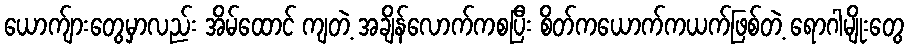
ယောက်ျားတွေမှာလည်း အိမ်ထောင် ကျတဲ့ အချိန်လောက်ကစပြီး စိတ်ကယောက်ကယက်ဖြစ်တဲ့ ရောဂါမျိုးတွေ